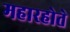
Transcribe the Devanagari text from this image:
महारहोते